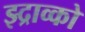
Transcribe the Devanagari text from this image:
झ्द्राव्को